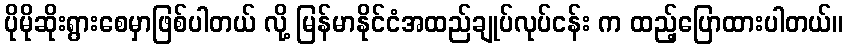
ပိုမိုဆိုးရွားစေမှာဖြစ်ပါတယ် လို့ မြန်မာနိုင်ငံအထည်ချုပ်လုပ်ငန်း က ထည့်ပြောထားပါတယ်။